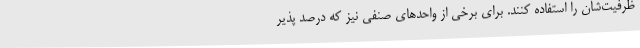
ظرفیت‌شان را استفاده کنند. برای برخی از واحدهای صنفی نیز که درصد پذیر